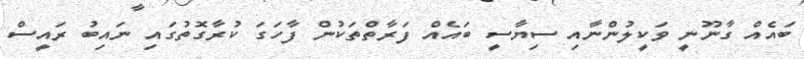
ބައެއް ގާނޫނީ ވަކީލުންނާއި ސިޔާސީ ބައެއް ފަރާތްތަކުން ފާހަގަ ކުރާގޮތުގައި ނައިބު ރައީސް